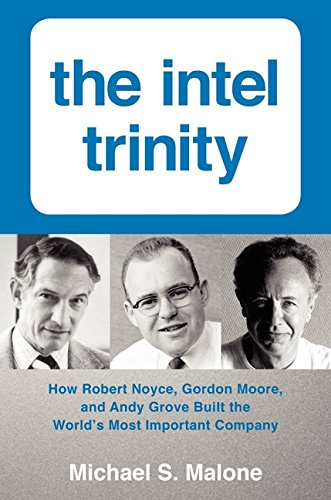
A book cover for The Intel Trinity: How Robert Noyce, Gordon Moore, and Andy Grove Built the World's Most Important Company; Michael S. Malone; Computers & Technology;